Leaving Certificate Examination, 1922
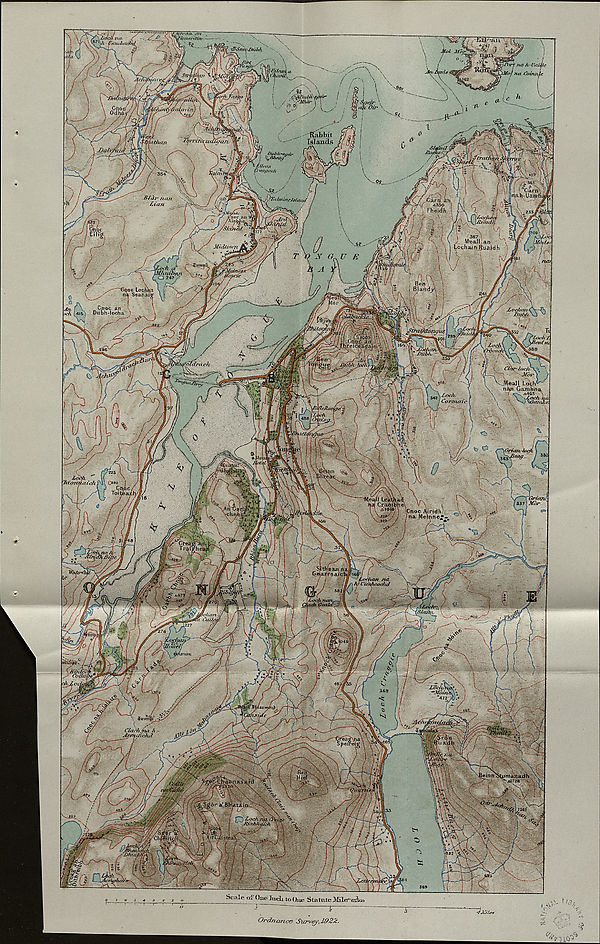
>rotih. 'iuuniiin
"EIFTalTT
■ mu/iat'hi
'Porf no h-Uaityc
; 0) yl
yautvirii
Rabbit
Islands
iitfuin
1
.ihtm winu/i ;
| i 1 °Cara
rt.ah-Uamt
\jp7 ; < foi incJstamf
nan
3B7
M-eall.an
hain Ruaidh
Midtown
! rSl'-Ady
/
\
Snoc Lochai
na Seanait
„ Cnoc an \
Diibh-locha ^
JLoc/ioit
'LmhJ liettf ru
Clar^lo<jv\>
^ 'Jiao')
.Meall Lofch^
nan Gaxnhna
T MC3
. /.ncib
(.‘orrnedc
ZriortfLaxch
SGnoc ai
na Mel liridh l(t ne*
-neat
Jioe/vH*
'*Jfdini - “472
Ciaih/rux 7)
Apmaticfid.
imajjadh ‘••A1728 \
Listea‘1